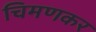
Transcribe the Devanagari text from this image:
चिमणकर